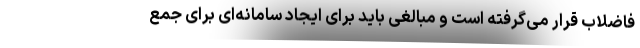
فاضلاب قرار می‌گرفته است و مبالغی باید برای ایجاد سامانه‌ای برای جمع